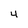
Character: 4